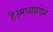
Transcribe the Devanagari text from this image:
है।मध्यप्रदेश